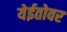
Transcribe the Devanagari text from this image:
येईतोवर